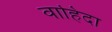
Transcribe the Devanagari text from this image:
वाहिदा